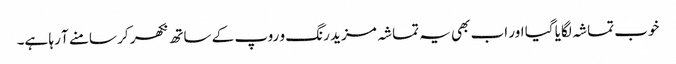
خوب تماشہ لگایا گیا اور اب بھی یہ تماشہ مزید رنگ و روپ کے ساتھ نکھر کر سامنے آ رہا ہے۔